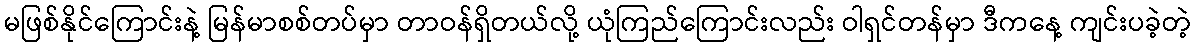
မဖြစ်နိုင်ကြောင်းနဲ့ မြန်မာစစ်တပ်မှာ တာဝန်ရှိတယ်လို့ ယုံကြည်ကြောင်းလည်း ဝါရှင်တန်မှာ ဒီကနေ့ ကျင်းပခဲ့တဲ့